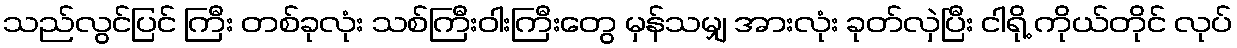
သည်လွင်ပြင် ကြီး တစ်ခုလုံး သစ်ကြီးဝါးကြီးတွေ မှန်သမျှ အားလုံး ခုတ်လှဲပြီး ငါရို့ ကိုယ်တိုင် လုပ်